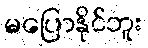
မပြောနိုင်ဘူး